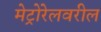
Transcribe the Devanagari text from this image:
मेट्रोरेलवरील